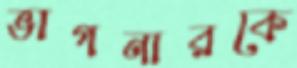
ভাগনারকে